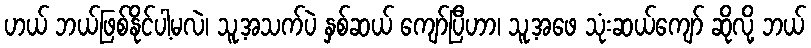
ဟယ် ဘယ်ဖြစ်နိုင်ပါ့မလဲ၊ သူ့အသက်ပဲ နှစ်ဆယ် ကျော်ပြီဟာ၊ သူ့အဖေ သုံးဆယ်ကျော် ဆိုလို့ ဘယ်